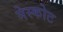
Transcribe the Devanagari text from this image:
मेस्कोट